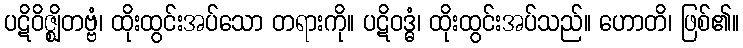
ပဋိဝိဇ္ဈိတဗ္ဗံ၊ ထိုးထွင်းအပ်သော တရားကို။ ပဋိဝဒ္ဓံ၊ ထိုးထွင်းအပ်သည်။ ဟောတိ၊ ဖြစ်၏။